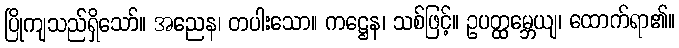
ပြိုကျသည်ရှိသော်။ အညေန၊ တပါးသော။ ကဋ္ဌေန၊ သစ်ဖြင့်။ ဥပတ္ထမ္ဘေယျ၊ ထောက်ရာ၏။